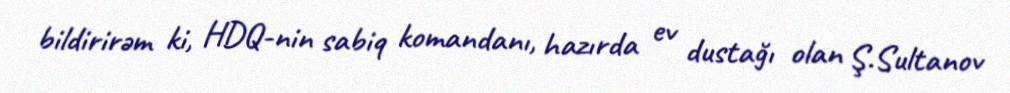
bildirirəm ki, HDQ-nin sabiq komandanı, hazırda ev dustağı olan Ş.Sultanov